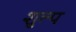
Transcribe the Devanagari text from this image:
शुल्प